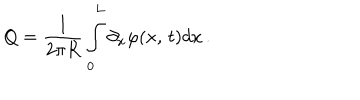
Q = \frac { 1 } { 2 \pi R } \int _ { 0 } ^ { L } \partial _ { x } \varphi ( x , \, t ) d x \, .